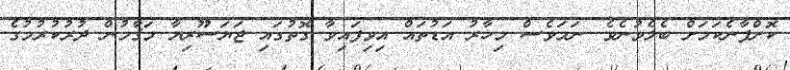
ކޮށްފާނެކަމަށް ބެލެވުނެވެ. ނަމަވެސް މިހާރު އަޑުތައް އިވިފައިވާ ގޮތުގައި ޖަޔަސޫރިޔާ މަޤާމުން ދުރުކުރުމުގެ